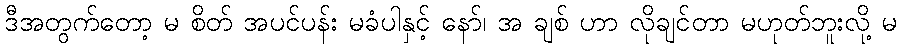
ဒီအတွက်တော့ မ စိတ် အပင်ပန်း မခံပါနှင့် နော်၊ အ ချစ် ဟာ လိုချင်တာ မဟုတ်ဘူးလို့ မ